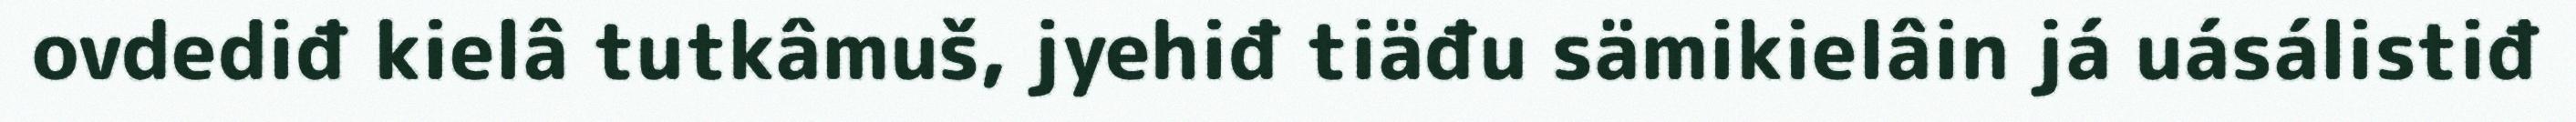
ovdediđ kielâ tutkâmuš, jyehiđ tiäđu sämikielâin já uásálistiđ